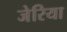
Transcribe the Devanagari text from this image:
जेरिया